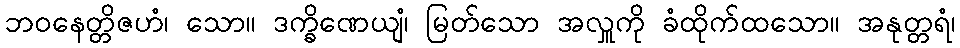
ဘဝနေတ္တိဇဟံ၊ သော။ ဒက္ခိဏေယျံ၊ မြတ်သော အလှူကို ခံထိုက်ထသော။ အနုတ္တရံ၊